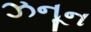
ઝનૂન